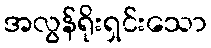
အလွန်ရိုးရှင်းသော